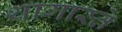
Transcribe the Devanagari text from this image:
थागास्ते